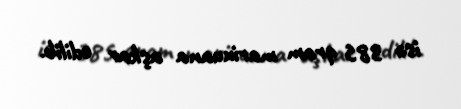
isə 385 qram marixuana aşkar edilib.